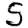
Digit: 5